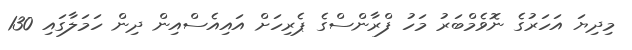
މިދިޔަ އަހަރުގެ ނޮވެމްބަރު މަހު ފްރާންސްގެ ޕެރިހަށް އައިއެސްއިން ދިން ހަމަލާގައި 130